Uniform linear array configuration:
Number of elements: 16
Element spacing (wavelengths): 0.75
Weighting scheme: binomial
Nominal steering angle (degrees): -60
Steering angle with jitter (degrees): -58.616
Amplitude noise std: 0.05
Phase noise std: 0.05

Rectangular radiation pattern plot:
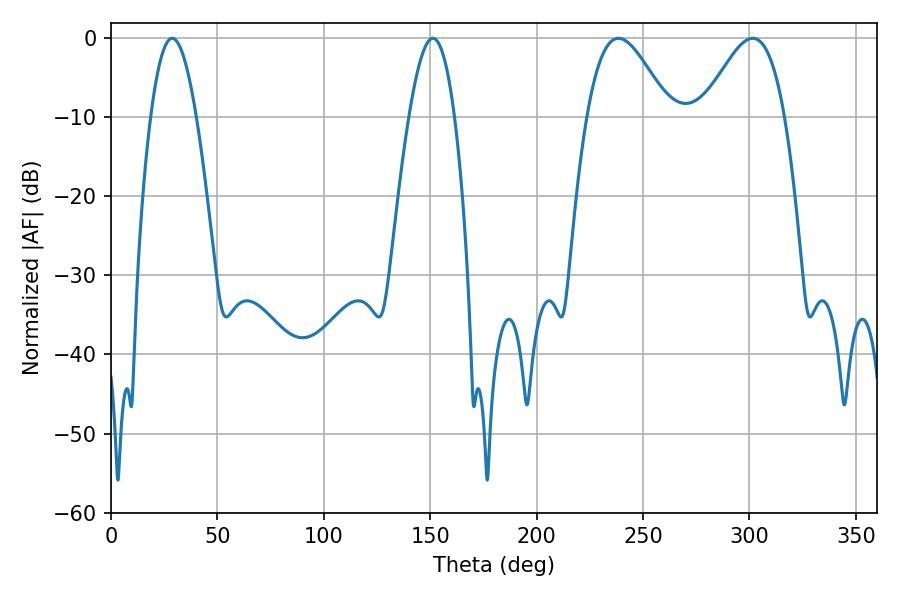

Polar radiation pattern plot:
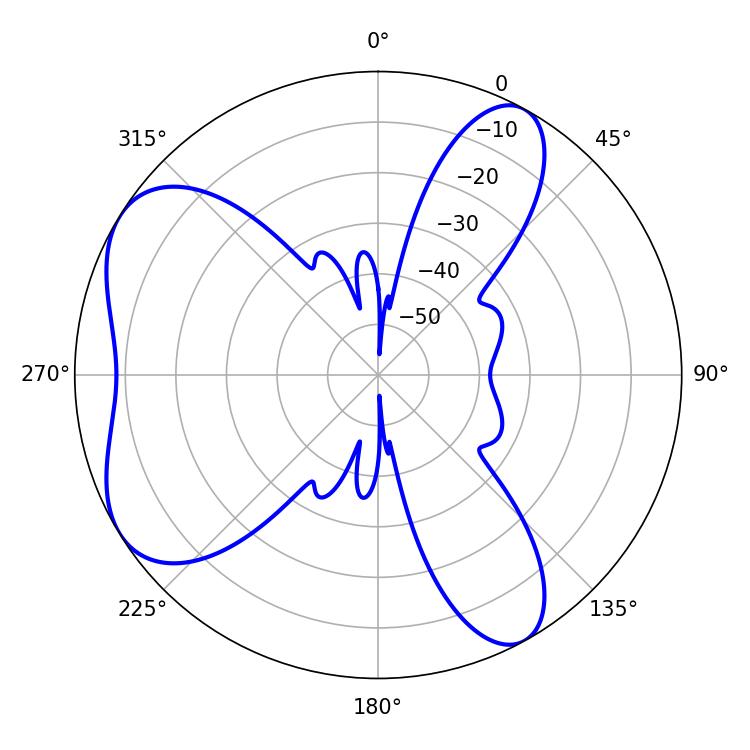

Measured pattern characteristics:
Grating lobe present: TRUE
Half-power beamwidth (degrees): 20.7
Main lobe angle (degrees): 238.5